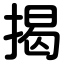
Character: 揭